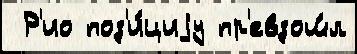
 Р'ио поз'и́циjу пр'евзош́л